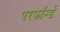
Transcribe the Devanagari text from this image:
परफॉर्म्ड